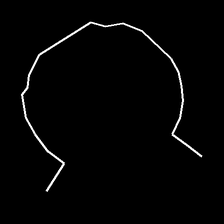
Glyph: weave